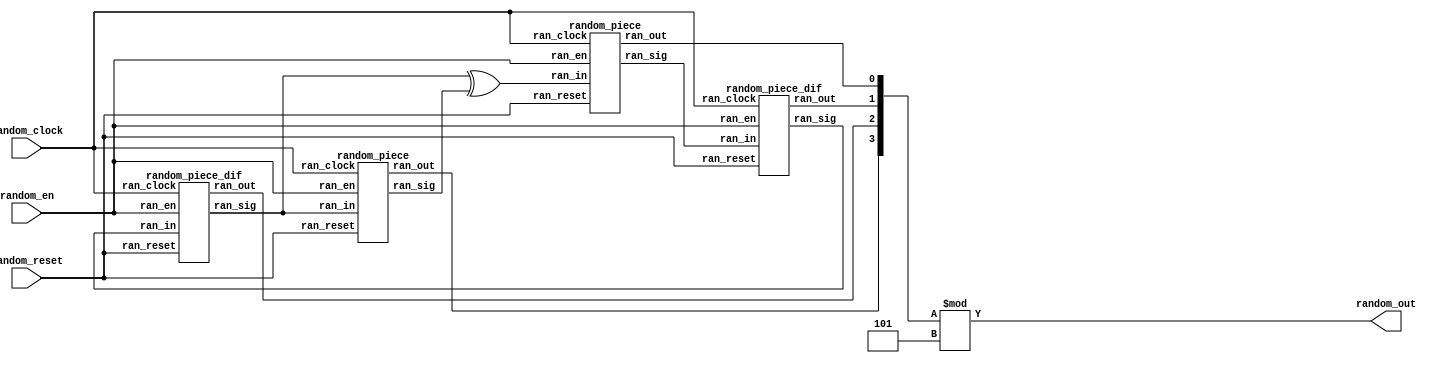
module random(
	input random_reset,
	input random_clock,
	input random_en,
	output [3:0] random_out
	);
	wire random_signal;
	wire [3:0] rand_out;

	random_piece z0 (random_reset, random_clock, random_en, random_signal, ran_en0, rand_out[0]);
	random_piece_dif z1 (random_reset, random_clock, random_en, ran_en0, ran_en1, rand_out[1]);
	random_piece_dif z2 (random_reset, random_clock, random_en, ran_en1, ran_en2, rand_out[2]);
	random_piece z3 (random_reset, random_clock, random_en, ran_en2, ran_en3, rand_out[3]);
	assign random_signal = ran_en2 ^ ran_en3;
	assign random_out = rand_out % 4'd5;


endmodule

module random_piece_dif(
	input ran_reset,
	input ran_clock,
	input ran_en,
	input ran_in,
	output ran_sig,
	output ran_out
	);

	reg out;

	always @ (posedge ran_clock)
	begin
		if (~ran_reset)
			out <= 1'b1;
		else if (ran_en)
		begin
			if (ran_in)
				out <= ~out;
		end
	end

	assign ran_sig = out;
	assign ran_out = out;
endmodule

module random_piece(
	input ran_reset,
	input ran_clock,
	input ran_en,
	input ran_in,
	output ran_sig,
	output ran_out
	);

	reg out;

	always @ (posedge ran_clock)
	begin
		if (~ran_reset)
			out <= 1'b0;
		else if (ran_en)
		begin
			if (ran_in)
				out <= ~out;
		end
	end

	assign ran_sig = out;
	assign ran_out = out;
endmodule